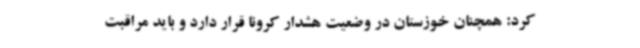
کرد: همچنان خوزستان در وضعیت هشدار کرونا قرار دارد و باید مراقبت